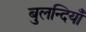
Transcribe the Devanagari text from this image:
बुलन्दियाँ